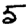
Digit: 5